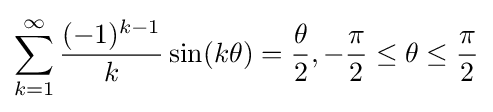
\sum _{k=1}^{\infty }{\frac {(-1)^{k-1}}{k}}\sin(k\theta )={\frac {\theta }{2}},-{\frac {\pi }{2}}\leq \theta \leq {\frac {\pi }{2}}